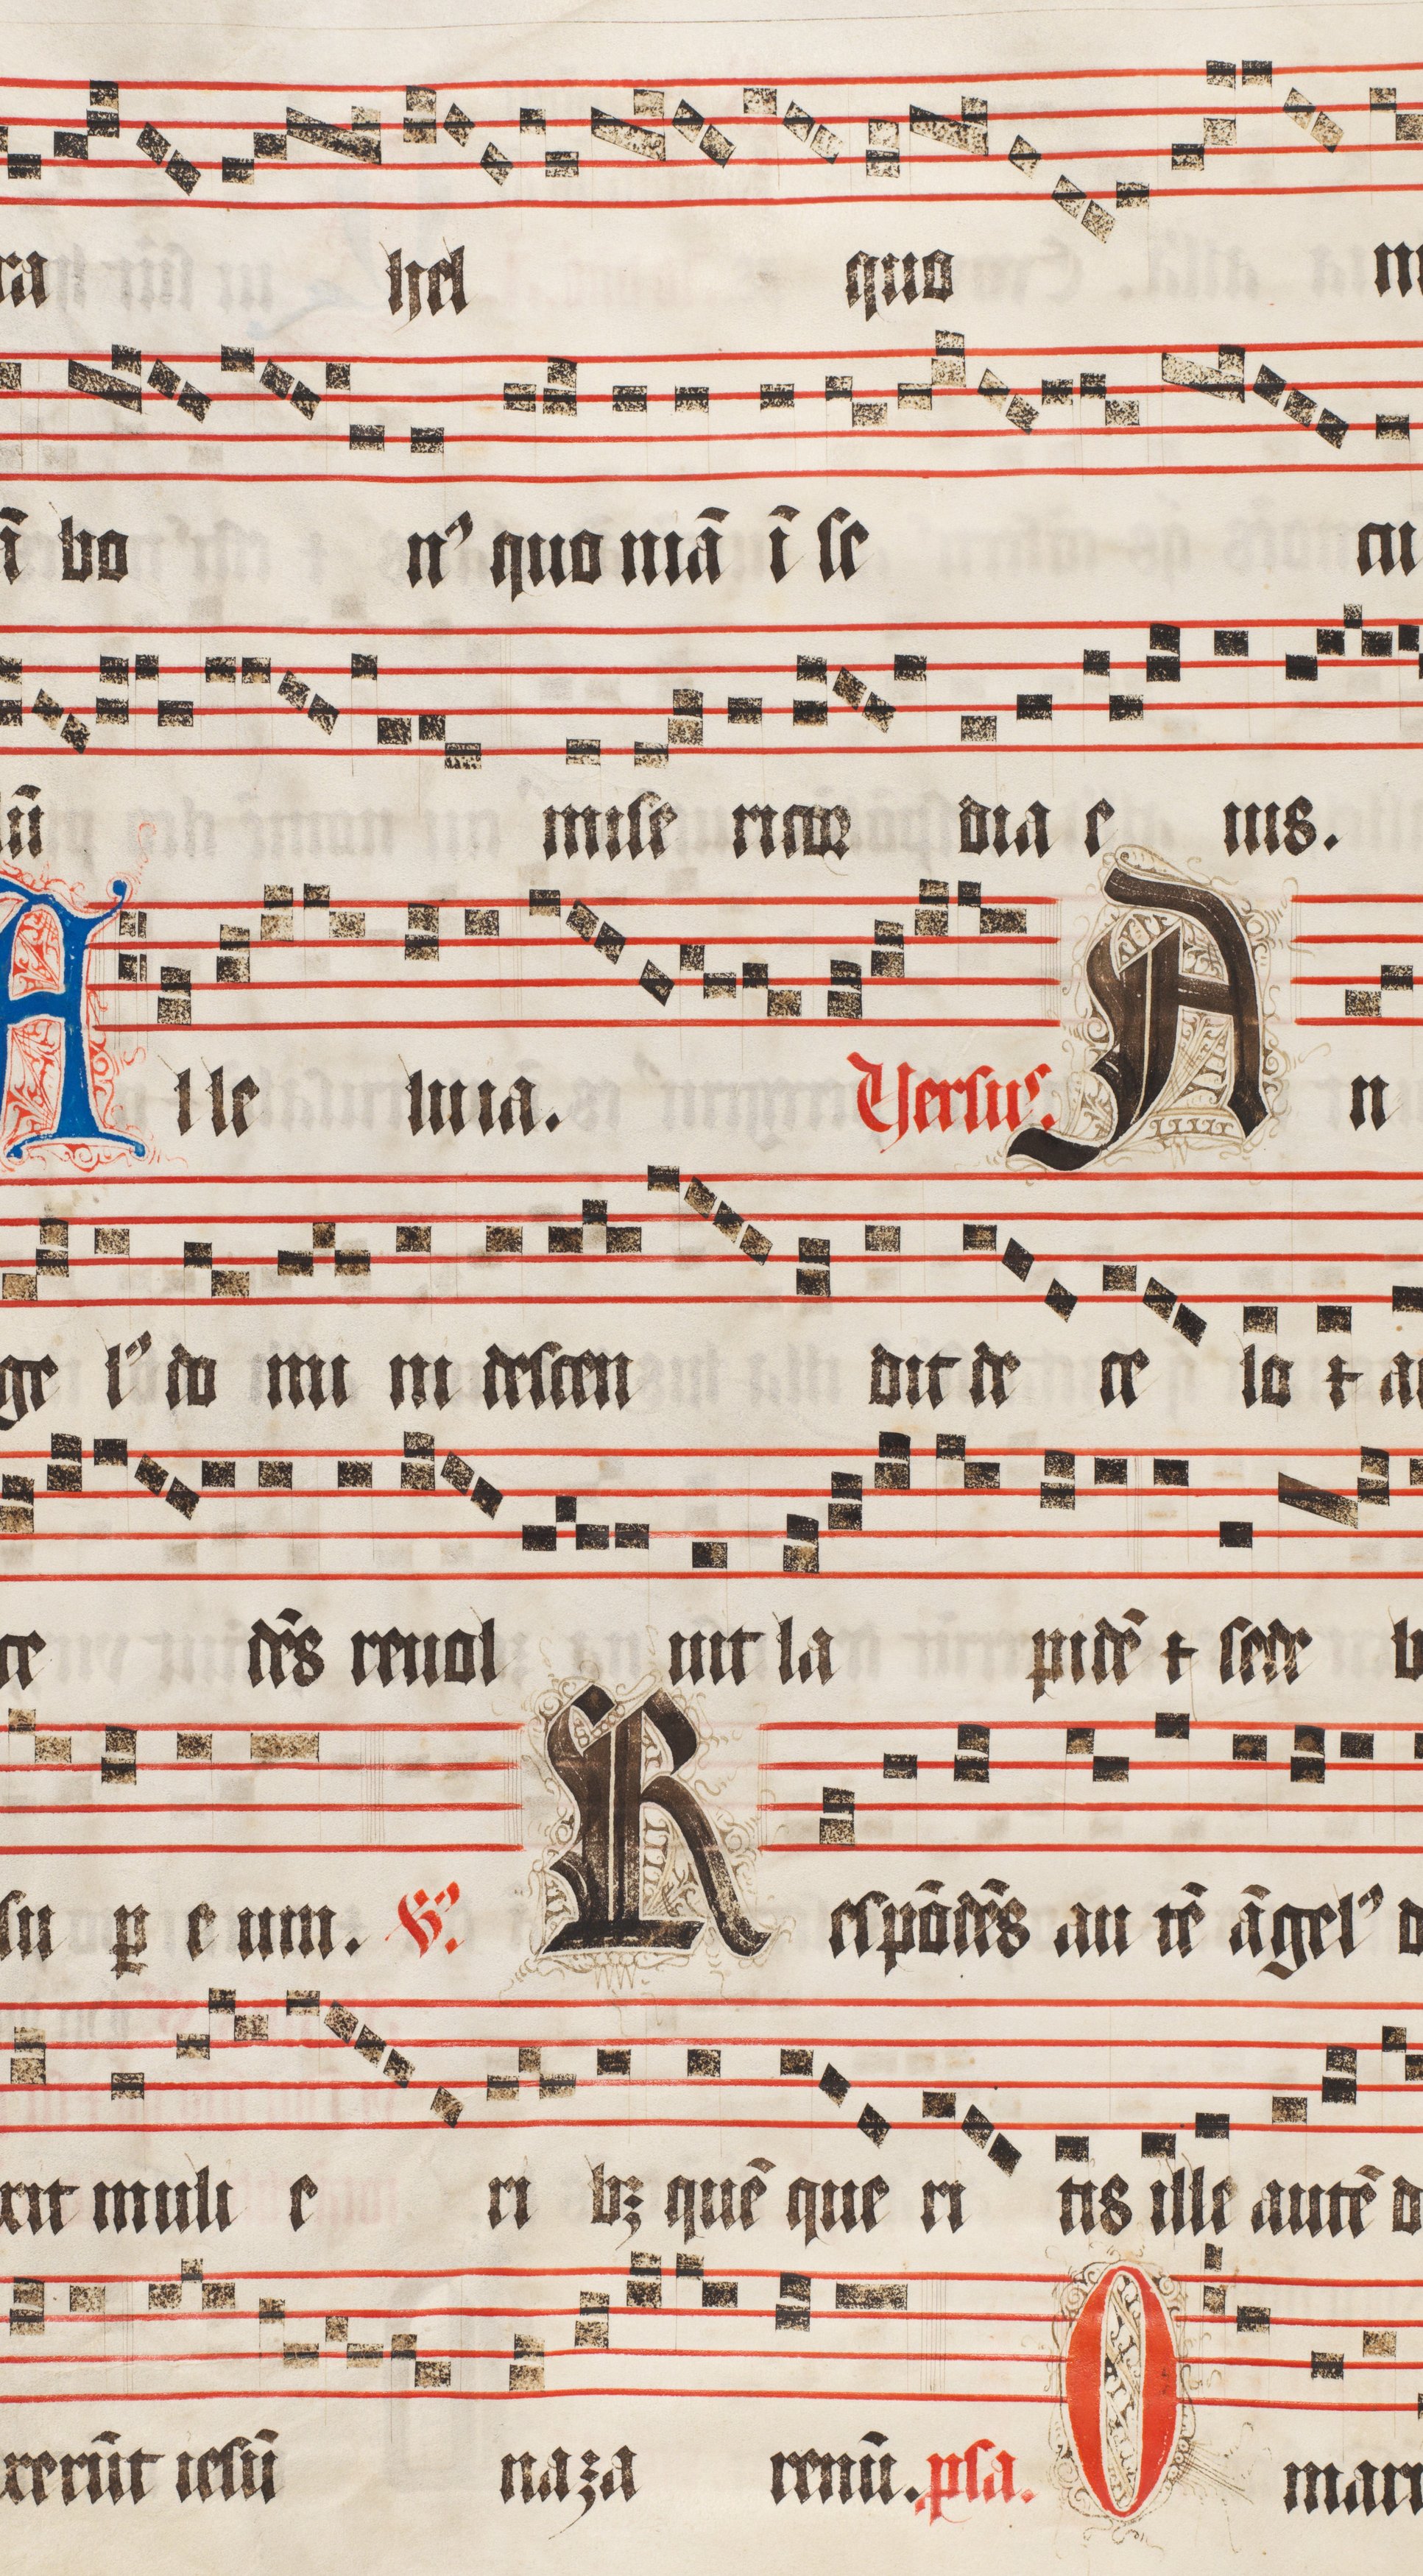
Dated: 1509–1517